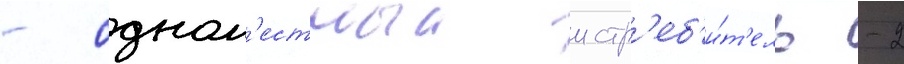
- одном'естныи истр'еб'и́т'ель -2